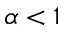
\alpha < 1